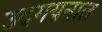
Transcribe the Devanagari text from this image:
उदगयनात